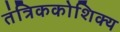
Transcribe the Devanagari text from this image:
तंत्रिककोशिक्य